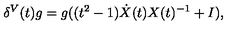
\delta ^ { V } ( t ) g = g ( ( t ^ { 2 } - 1 ) \dot { X } ( t ) X ( t ) ^ { - 1 } + I ) ,